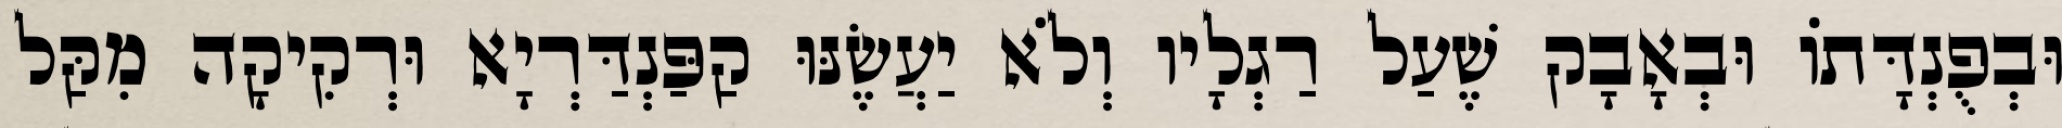
וּבְפֻנְדָּתוֹ וּבְאָבָק שֶׁעַל רַגְלָיו וְלֹא יַעֲשֶׂנּוּ קַפַּנְדַּרְיָא וּרְקִיקָה מִקַּל